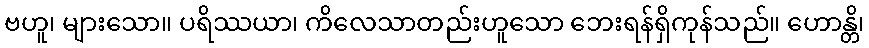
ဗဟူ၊ များသော။ ပရိဿယာ၊ ကိလေသာတည်းဟူသော ဘေးရန်ရှိကုန်သည်။ ဟောန္တိ၊